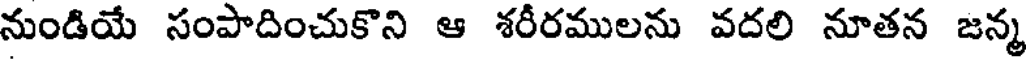
నుండియే సంపాదించుకొని ఆ శరీరములను వదలి నూతన జన్మ